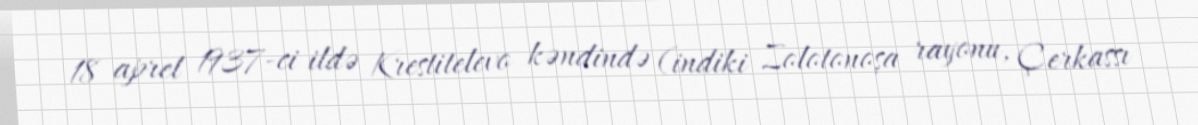
18 aprel 1937-ci ildə Krestitelevo kəndində (indiki Zolotonoşa rayonu, Çerkassı